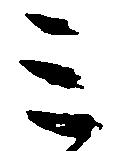
ミ